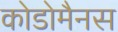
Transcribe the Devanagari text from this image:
कोडोमैनस